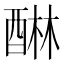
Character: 醂